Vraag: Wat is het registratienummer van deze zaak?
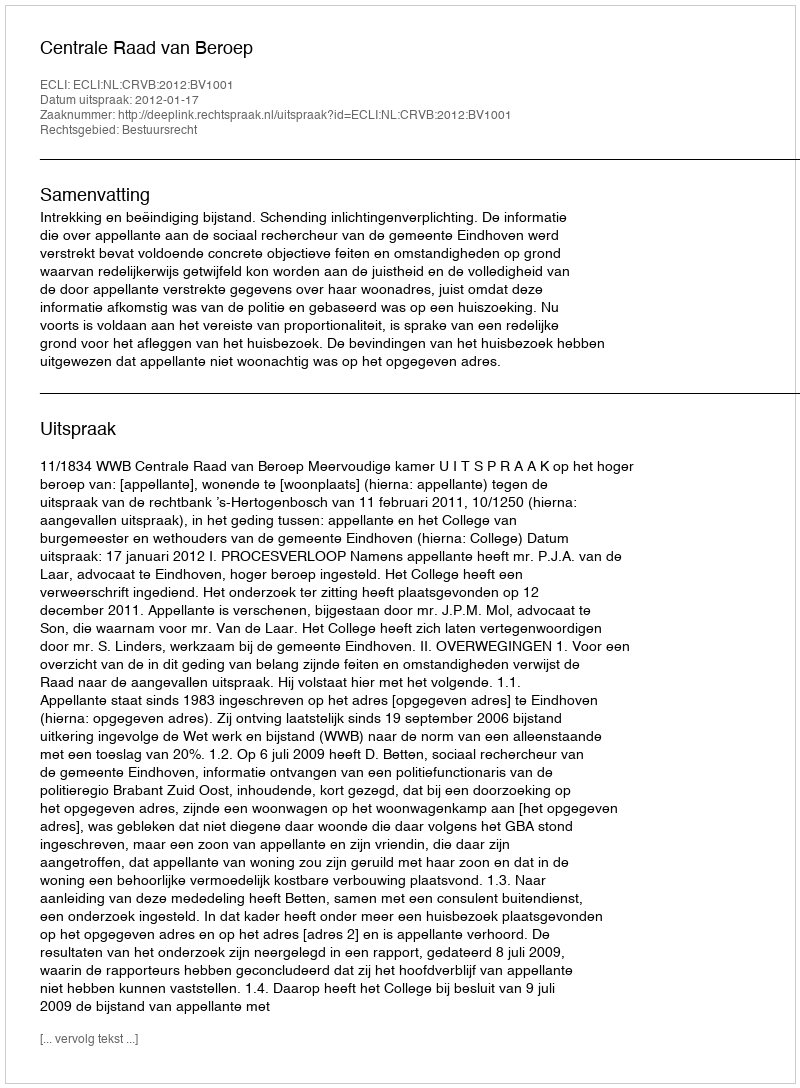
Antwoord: http://deeplink.rechtspraak.nl/uitspraak?id=ECLI:NL:CRVB:2012:BV1001